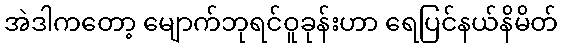
အဲဒါကတော့ မျောက်ဘုရင်ဝူခုန်းဟာ ရေပြင်နယ်နိမိတ်